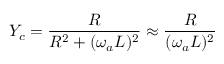
Y _ { c } = \frac { R } { R ^ { 2 } + ( \omega _ { a } L ) ^ { 2 } } \approx \frac { R } { ( \omega _ { a } L ) ^ { 2 } }